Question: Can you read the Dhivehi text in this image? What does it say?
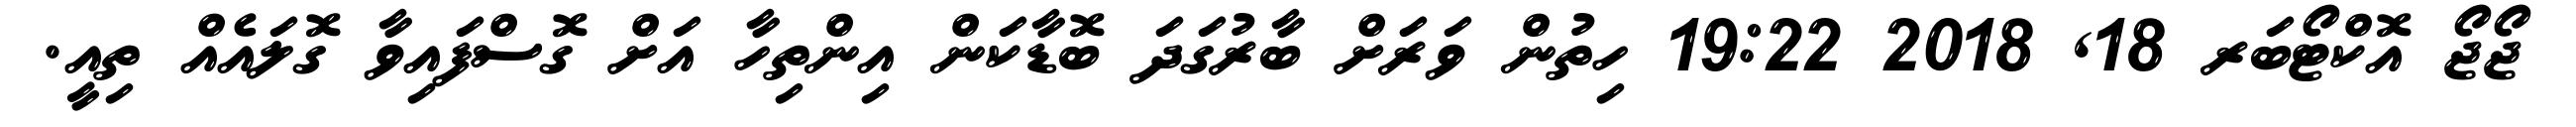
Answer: ޖޯޖޯ އޮކްޓޯބަރ 18, 2018 19:22 ހިތުން ވަރަށް ބާރުގަދަ ބޮޑާކަން އިންތިހާ އަށް ގޮސްފައިވާ ގޮލައެއް ތިއީ.